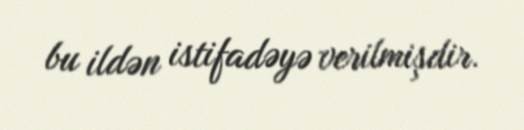
bu ildən istifadəyə verilmişdir.